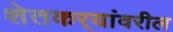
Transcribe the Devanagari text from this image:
शेतकर्‍यांवरील